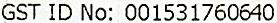
GST ID NO: 001531760640